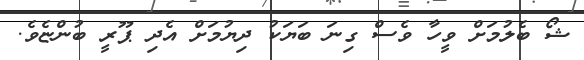
ޝޯ ބެލުމަށް ވީހާ ވެސް ގިނަ ބަޔަކު ދިޔުމަށް އެދި ޕޫރީ ބުންޏެވެ.